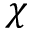
\chi